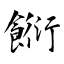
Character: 餰